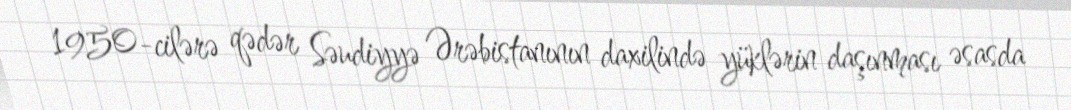
1950-cilərə qədər Səudiyyə Ərəbistanının daxilində yüklərin daşınması əsasda